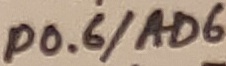
Text: P0.6/AD6